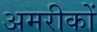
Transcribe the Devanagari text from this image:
अमरीकों